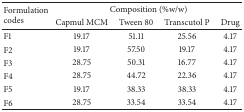
<table><thead><tr><td rowspan="2"><b>Formulation codes</b></td><td colspan="4"><b>Composition (%w/w)</b></td></tr><tr><td><b>Capmul MCM</b></td><td><b>Tween 80</b></td><td><b>Transcutol P</b></td><td><b>Drug</b></td></tr></thead><tbody><tr><td>F1</td><td>19.17</td><td>51.11</td><td>25.56</td><td>4.17</td></tr><tr><td>F2</td><td>19.17</td><td>57.50</td><td>19.17</td><td>4.17</td></tr><tr><td>F3</td><td>28.75</td><td>50.31</td><td>16.77</td><td>4.17</td></tr><tr><td>F4</td><td>28.75</td><td>44.72</td><td>22.36</td><td>4.17</td></tr><tr><td>F5</td><td>19.17</td><td>38.33</td><td>38.33</td><td>4.17</td></tr><tr><td>F6</td><td>28.75</td><td>33.54</td><td>33.54</td><td>4.17</td></tr></tbody></table>